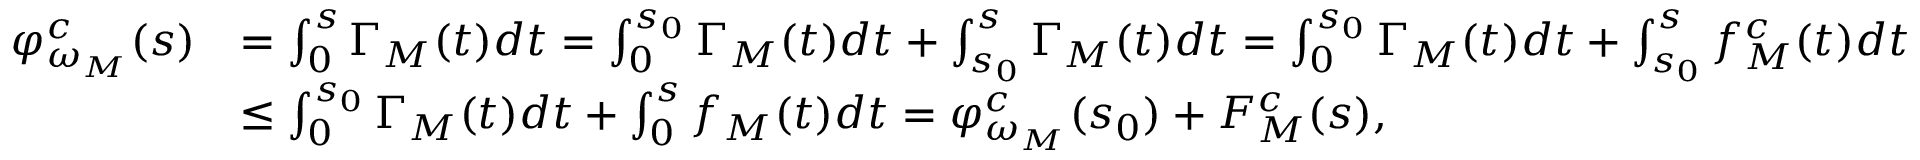
\begin{array} { r l } { \varphi _ { \omega _ { M } } ^ { c } ( s ) } & { = \int _ { 0 } ^ { s } \Gamma _ { M } ( t ) d t = \int _ { 0 } ^ { s _ { 0 } } \Gamma _ { M } ( t ) d t + \int _ { s _ { 0 } } ^ { s } \Gamma _ { M } ( t ) d t = \int _ { 0 } ^ { s _ { 0 } } \Gamma _ { M } ( t ) d t + \int _ { s _ { 0 } } ^ { s } f _ { M } ^ { c } ( t ) d t } \\ & { \le \int _ { 0 } ^ { s _ { 0 } } \Gamma _ { M } ( t ) d t + \int _ { 0 } ^ { s } f _ { M } ( t ) d t = \varphi _ { \omega _ { M } } ^ { c } ( s _ { 0 } ) + F _ { M } ^ { c } ( s ) , } \end{array}